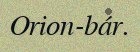
Orion-bár.